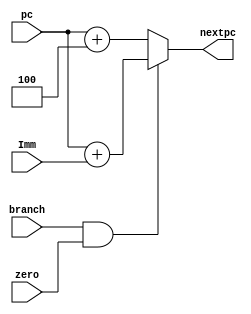
module nextpc (
    input zero,
    input branch,
    input [31:0] Imm,
    input [31:0] pc,
    output [31:0] nextpc
);

    assign nextpc = (branch & zero) ? (pc + Imm) : (pc + 4);
    
endmodule